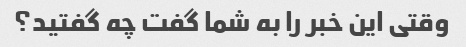
وقتی این خبر را به شما گفت چه گفتید؟